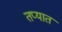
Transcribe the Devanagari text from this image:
तप्यात